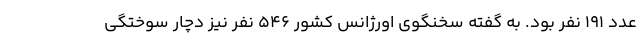
عدد ۱۹۱ نفر بود. به گفته سخنگوی اورژانس کشور ۵۴۶ نفر نیز دچار سوختگی